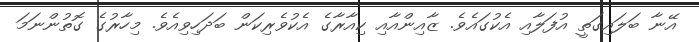
އޭނާ ބަލައިގަތީ އުފަލާއި އެކުގައެވެ. ޒާއިންއާއި ކިއާރާގެ އެކުވެރިކަން ބަދަހިވިއެވެ. މިހާރުގެ ގޮތުންނަމަ